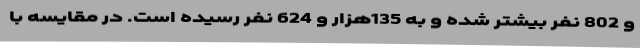
و 802 نفر بیشتر شده و به 135هزار و 624 نفر رسیده است. در مقایسه با